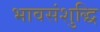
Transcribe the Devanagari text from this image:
भावसंशुद्धि